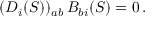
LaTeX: ( D _ { i } ( S ) ) _ { a b } \, B _ { b i } ( S ) = 0 \, .